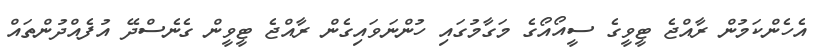
އެހެންކަމުން ރާއްޖެ ޓީވީގެ ސީއޯއޯގެ މަގާމުގައި ހުންނަވައިގެން ރާއްޖެ ޓީވީން ގެނެސްދޭ އުފެއްދުންތައް